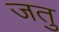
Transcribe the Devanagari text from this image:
जतु